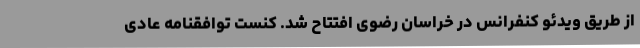
از طریق ویدئو کنفرانس در خراسان رضوی افتتاح شد. کنست توافقنامه عادی